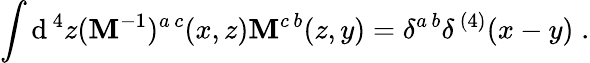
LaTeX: \int\mathrm{d}^{\, 4}z({\cal\mathbf{M}}^{-1})^{a\, c}(x,z){\cal\mathbf{M}}^{c\, b}(z,y)=\delta^{a\, b}\delta^{\, (4)}(x-y)\; .